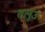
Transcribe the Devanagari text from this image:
तलूउ